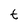
Character: t